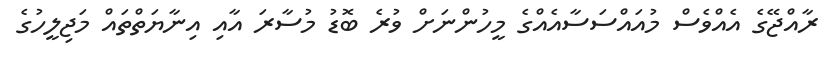
ރާއްޖޭގެ އެއްވެސް މުއައްސަސާއެއްގެ މީހުންނަށް ވުރެ ބޮޑު މުސާރަ އާއި އިނާޔަތްތައް މަޖިލީހުގެ